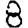
Digit: 8